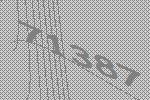
71387